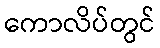
ကောလိပ်တွင်